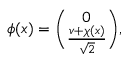
\phi ( x ) = { \binom { 0 } { \frac { v + \chi ( x ) } { \sqrt 2 } } } ,